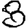
Digit: 8